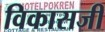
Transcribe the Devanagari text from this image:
विकासजी